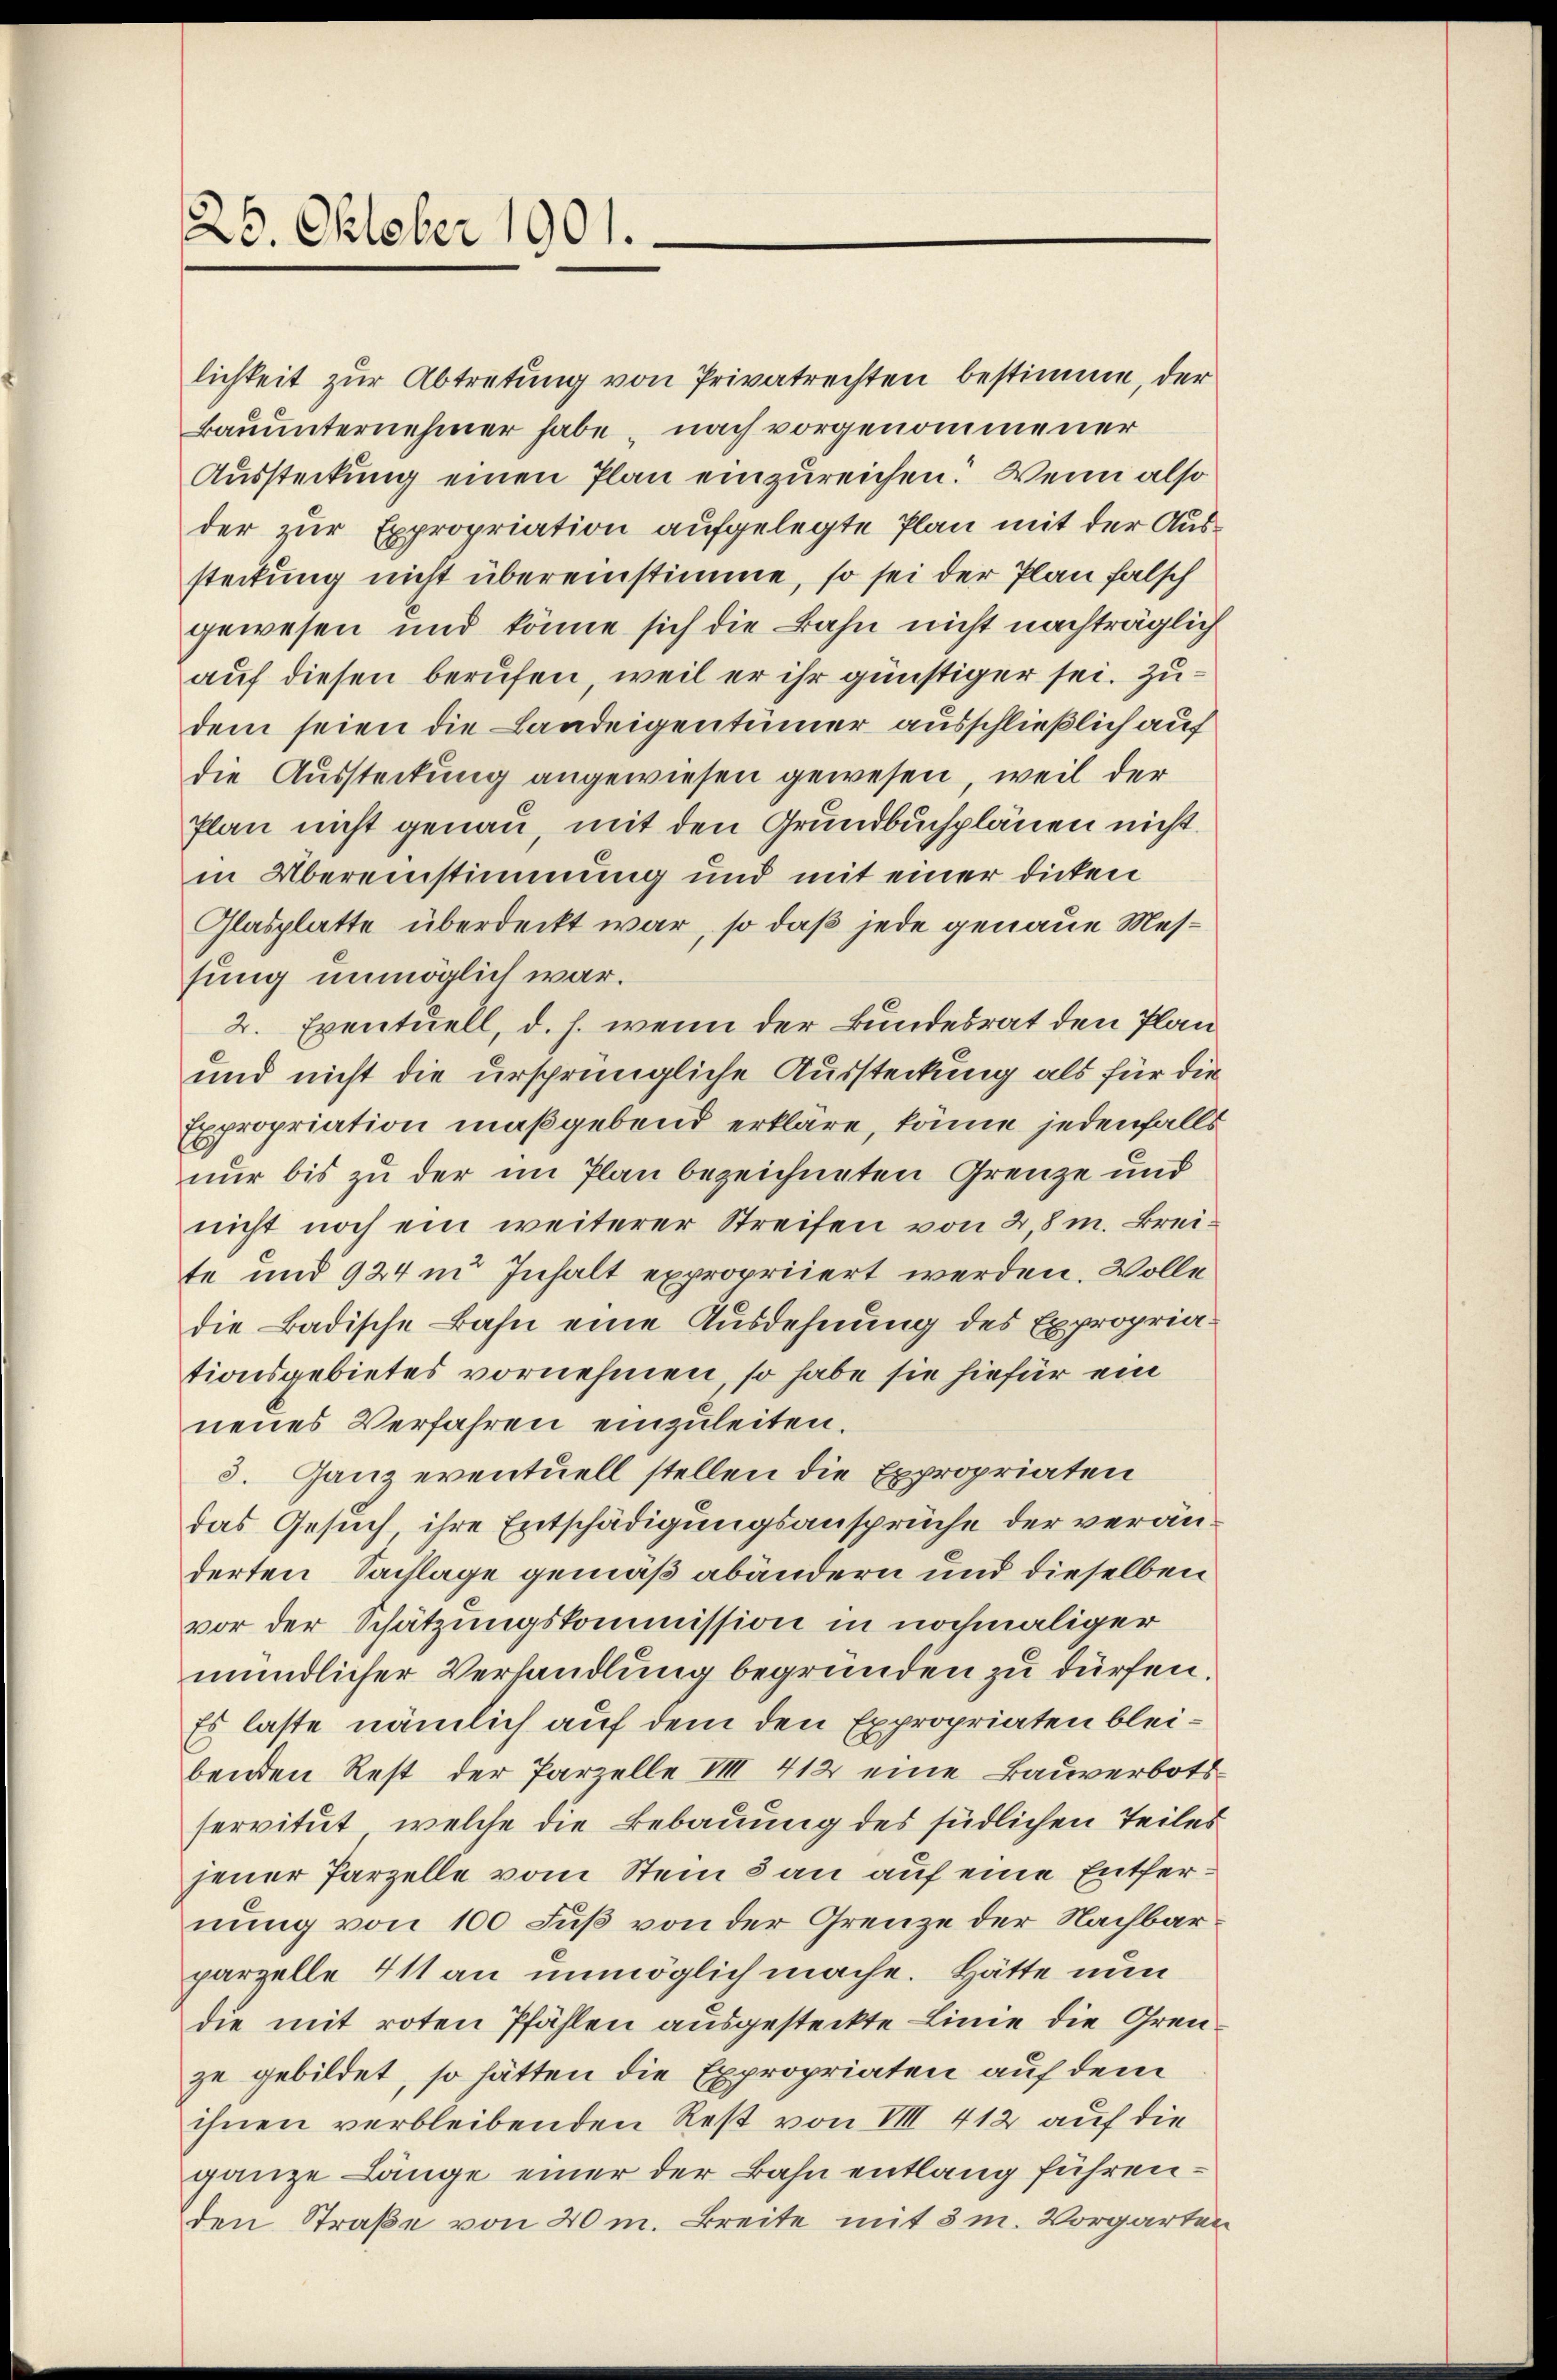
125. Oktober 1901.

lichkeit zur Abtretung von Privatrechten bestimme, der
Bauunternehmer habe, nach vorgenommener
Aussteckung einen Plan einzureichen. Wenn also
der zur Expropriation aufgelegte Plan mit der Aussteilung nicht übereinstimme, so sei der Plan falsch
gewesen und könne sich die Bahn nicht nachträglich
auf diesen berufen, weil er ihr günstiger sei. Zudem seien die Landeigentümer ausschließlich auf
die Aussteckung angewiesen gewesen, weil der
Plan nicht genau, mit den Grundbuchplänen nicht
in Übereinstimmung und mit einer dicken
Glasplatte überdeckt war, so daß jede genaue Messung unmöglich war.
2. Eventuell, d. h. wenn der Bundesrat den Plan¬
und nicht die ursprüngliche Aussteckung als für die
Expropriation maßgebend erkläre, könne jedenfalls
nur bis zu der im Plan bezeichneten Grenze und
nicht noch ein weiterer Streifen von 28 m. Breite und 924 in Inhalt expropriiert werden. Wolle
die Badische Bahn eine Ausdehnung des Expropriationsgebietes vornehmen, so habe sie hiefür ein
neues Verfahren einzuleiten.
3. Ganz eventuell stellen die Expropriaten
das Gesuch, ihre Entschädigungsansprüche der veränderten Sachlage gemäß abändern und dieselben
vor der Schätzungskommission in nochmaliger
mündlicher Verhandlung begründen zu dürfen.
Es laste nämlich auf dem den Expropriaten bleibenden Rest der Parzelle VIII 412 eine Bauverbotsservitut, welche die Bebauung des südlichen Teiles
jener Parzelle vom Stein 3 an auf eine Entfernung von 100 Fuß von der Grenze der Nachbarparzelle 411 an unmöglich mache. Hätte nun
die mit roten Pfählen ausgesteckte Linie die Grenze gebildet, so hätten die Expropriaten auf dem
ihnen verbleibenden Rest von VIII 412 auf die
ganze Länge einer der Bahn entlang führenden Straße von 40 m. Breite mit 3 m. Vorgarten